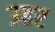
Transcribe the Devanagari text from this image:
उहर